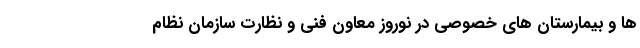
‌ها و بیمارستان ‌های خصوصی در نوروز معاون فنی و نظارت سازمان نظام